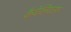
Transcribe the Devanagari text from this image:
कैवेलियरफ़